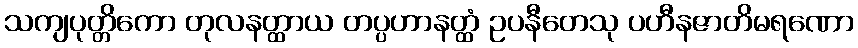
သကျပုတ္တိကော တုလနတ္ထာယ တပ္ပဟာနတ္ထံ ဥပနီတေသု ပဟီနဇာတိမရဏော